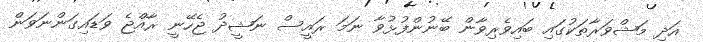
އަދި މަޝްވަރާތަކުގައި ބައިވެރިވާން ބޭނުންފުޅުވާ ނަމަ ރައީސް ނަޝީދު ޖެހޭނީ ރާއްޖެ ވަޑައިގަންނަވަން